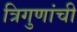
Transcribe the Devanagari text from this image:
त्रिगुणांची